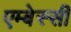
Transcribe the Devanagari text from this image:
एम्बेस्सी